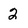
Character: 2